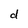
Character: d